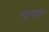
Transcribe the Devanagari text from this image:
सुप्रयुक्ता